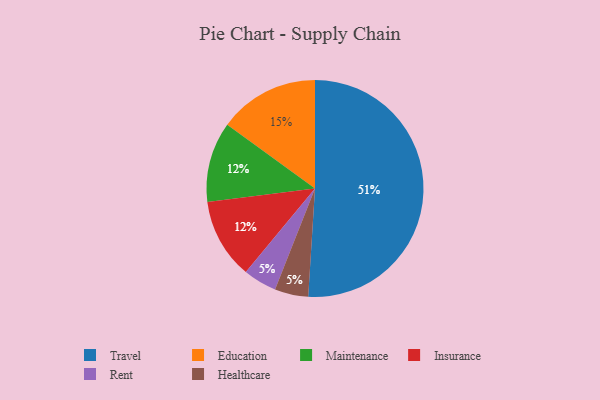
{"axis": {"x": "Category", "y": "Percentage"}, "legend": ["Education", "Healthcare", "Insurance", "Maintenance", "Rent", "Travel"], "data": [{"x": "Maintenance", "y": 12, "type": "Maintenance"}, {"x": "Rent", "y": 5, "type": "Rent"}, {"x": "Education", "y": 15, "type": "Education"}, {"x": "Travel", "y": 51, "type": "Travel"}, {"x": "Healthcare", "y": 5, "type": "Healthcare"}, {"x": "Insurance", "y": 12, "type": "Insurance"}]}